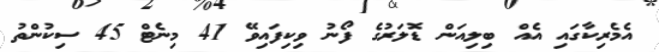
އެމެރިކާގައި އެއް ބިލިއަން ޑޮލަރުގެ ފޯނު ވިކިފައިވޭ 41 މިނެޓް 45 ސިކުންތު